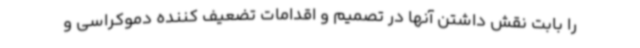
را بابت نقش داشتن آنها در تصمیم و اقدامات تضعیف کننده دموکراسی و